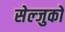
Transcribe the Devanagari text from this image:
सेल्जुकों